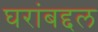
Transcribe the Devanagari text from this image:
घरांबद्दल